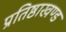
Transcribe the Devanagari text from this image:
प्रतिष्ठाखण्ड